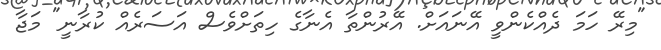
"މިރޭ ހަމަ ދެއްކެންވީ އޭނައަށް. އޭރުންތާ އެނާގެ ހިތަށްވެސް އަސަރެއް ކުރާނީ" މަޖާ